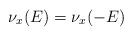
LaTeX: \begin{align*}\nu_x(E)=\nu_x(-E)\end{align*}